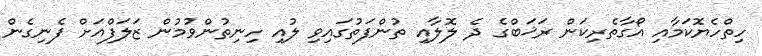
ހިތްހެޔޮކަމާއި އޯގާތެރިކަން ރަޚަބްގެ ދެ ލޮލާއި ތުންފަތުގައިވި ލުއި ހިނިތުންވުމުން ޒަލަފްއަށް ފެނިގެން